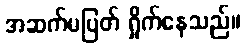
အဆက်မပြတ် ရှိုက်နေသည်။